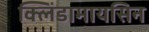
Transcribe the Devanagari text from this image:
क्लिंडामायसिन